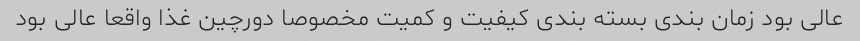
عالی بود زمان بندی بسته بندی کیفیت و کمیت مخصوصا دورچین غذا واقعا عالی بود